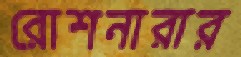
রোশনারার